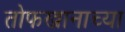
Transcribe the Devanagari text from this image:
तोफखानाच्या